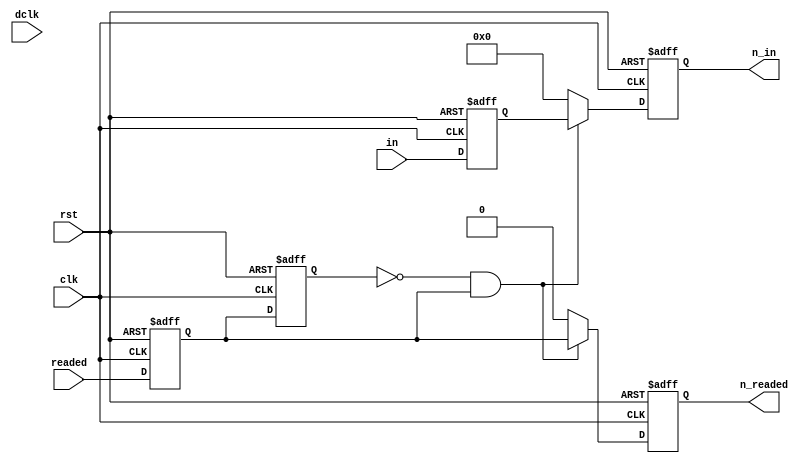
module receiverbuffer(
	input clk,
	input dclk,
	input rst,
	
	input[7:0] in,
	input readed,
	
	output reg[7:0] n_in,
	output reg n_readed
);

reg f_started = 0;
reg n_started = 0;

reg[7:0] nn_in;
reg nn_readed;

reg nreaded;
reg[7:0] nin;
always@(posedge clk or posedge rst)
	if(rst) begin
		nreaded <= 0;
		nin <= 0;
		end
	else begin
		nreaded <= readed;
		nin <= in;
		end
		
always@(posedge clk or posedge rst)
	if(rst) f_started <= 0;
	else f_started <= n_started;
	
always@(*)begin
	n_started = nreaded;
	
	nn_in = 0;
	nn_readed = 0;
	
	if(~f_started && nreaded)begin
		nn_in = nin;
		nn_readed = nreaded;
	end
	
end

always@(posedge clk or posedge rst)
	begin
		if(rst) begin
			n_in <= 0;
			n_readed <= 0;
		end
		else begin
			n_in <= nn_in;
			n_readed <= nn_readed;
		end
	end

endmodule


module receiver(
	input clk,
	input dclk,
	input rst,
	
	input reset,
		
	input readed,
	input [7:0] in,
	
	input gets,
	output reg rdy,
	output reg[7:0] out
);

localparam LENM = 8;


reg[7:0] f_memory[LENM - 1:0];
reg[7:0] n_memory[LENM - 1:0];

reg[7:0] f_out;

integer n;
integer p;

always@(posedge clk or posedge rst)
	if(rst)
		f_out <= 0;
	else
		f_out <= out;
		
always@(posedge clk or posedge rst)
	if(rst)
		for(n=0;n<LENM;n = n + 1) f_memory[n] <= 0; 
	else
		for(n=0;n<LENM;n = n + 1) f_memory[n] <= n_memory[n]; 
		

always@(*)begin
	
	out = f_out;
	rdy = 0;
	
	for(p=0;p<LENM;p = p + 1) n_memory[p] = f_memory[p]; 
	
	if(reset) 
		for(p=0;p<LENM;p = p + 1) n_memory[p] = 0;
	
	if(readed) begin
		n_memory[0] = in; 
		
		for(p=0;p<LENM - 1;p = p + 1)begin
			n_memory[p+1] = f_memory[p]; 
		end
	end
	
	if(gets) begin
		out = f_memory[LENM - 1];
		rdy = 1;
		
		for(p=0;p<LENM - 1;p = p + 1)begin
			n_memory[p+1] = f_memory[p];  
		end
	end
	
	
end



endmodule